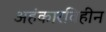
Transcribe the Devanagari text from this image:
अहंकारविहीन